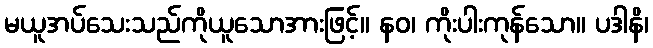
မယူအပ်သေးသည်ကိုယူသောအားဖြင့်။ နဝ၊ ကိုးပါးကုန်သော။ ပဒါနိ၊